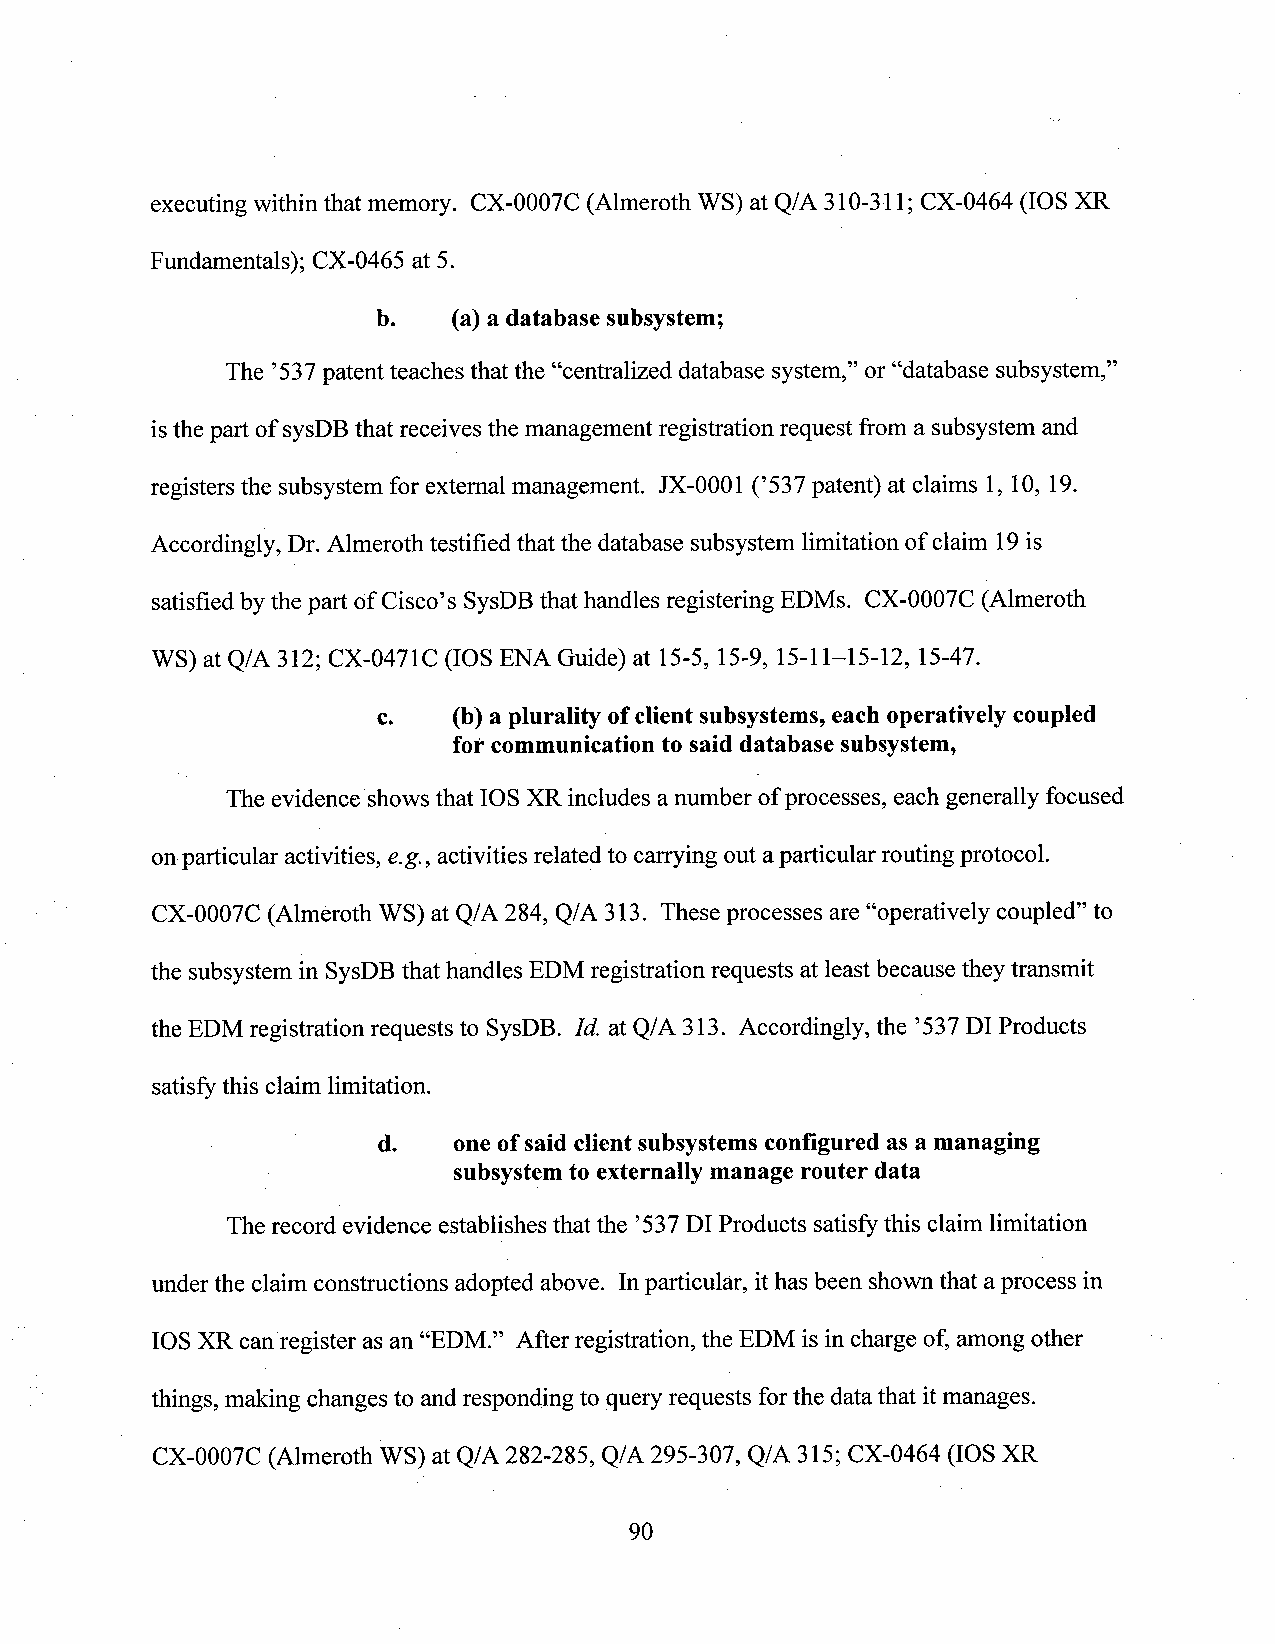
executing within that memory. CX-0007C (Almeroth WS) at Q/A 310-311; CX-0464 (IOS XR
 Fundamentals); CX-0465 at 5.
 b.   (a)a database subsystem;
 The ’537patent teaches that the “centralized database system,” or “database subsystem,”
 isthe part of sysDBthat receives themanagement registration request froma subsystem and
 registers the subsystem for extemal management. JX-0001 (’537 patent) at claims 1, 10, 19.
 Accordingly, Dr. Almeroth testified that the database subsystem limitation of claim 19is
 satisfied by the part of Cisco’s SysDBthat handles registering EDMs. CX-0007C (Almeroth
 WS) at Q/A 312; CX-0471C (IOS ENA Guide) at 15-5, 15-9, 15-11—15-12,15-47.
 c.   (b) a plurality ofclient subsystems, each operatively coupled
 for communication to said database subsystem,
 The evidence shows that IOS XR includes anumber ofprocesses, each generally focused
 onparticular activities, e.g., activities relatedto carrying out aparticular routing protocol.
 CX-0007C (Almeroth WS) at Q/A 284, Q/A 313. These processes are “operatively coupled” to
 the subsystem in SysDBthat handles EDMregistration requests at leastbecause they transmit
 the EDM registration requests to SysDB. Id. at Q/A 313. Accordingly, the ’537 DI Products
 satisfy this claim limitation.
 -          d.   one ofsaid client subsystems configured as a managing
 subsystemto externally manage router data
 Therecord evidence establishes thatthe ’537DI Products satisfythis claim limitation
 under the claim constructions adopted above. Inparticular, ithas been shown that aprocess in
 IOSXR canregister as an “EDM.” Afterregistration, the EDM is incharge of, among other
 things, making changes to andresponding to queryrequests forthe datathat itmanages.
 CX-0007C (Almeroth WS) at Q/A 282-285, Q/A 295-307, Q/A 315; CX-0464 (IOS XR
 90